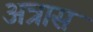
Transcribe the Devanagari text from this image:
अत्रास